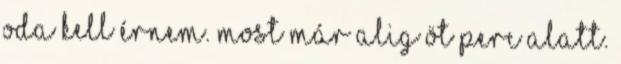
Oda kell érnem. most már alig öt perc alatt.